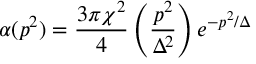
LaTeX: \alpha ( p ^ { 2 } ) = { \frac { 3 \pi \chi ^ { 2 } } { 4 } } \left( { \frac { p ^ { 2 } } { \Delta ^ { 2 } } } \right) e ^ { - p ^ { 2 } / \Delta }